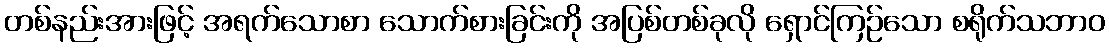
တစ်နည်းအားဖြင့် အရက်သောစာ သောက်စားခြင်းကို အပြစ်တစ်ခုလို ရှောင်ကြဉ်သော စရိုက်သဘာဝ